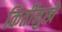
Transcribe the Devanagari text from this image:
किर्तीमुखे